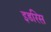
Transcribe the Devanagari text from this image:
इडरिस